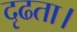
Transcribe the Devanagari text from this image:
दृढता।